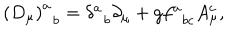
\left( D _ { \mu } \right) _ { \; \; b } ^ { a } = \delta _ { \; \; b } ^ { a } \partial _ { \mu } + g f _ { \; \; b c } ^ { a } A _ { \mu } ^ { c } ,